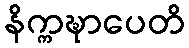
နိက္ကဍ္ဎာပေတိ